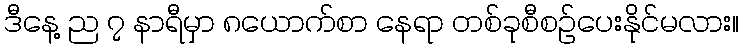
ဒီနေ့ ည ၇ နာရီမှာ ၈ယောက်စာ နေရာ တစ်ခုစီစဉ်ပေးနိုင်မလား။